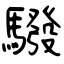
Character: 驋